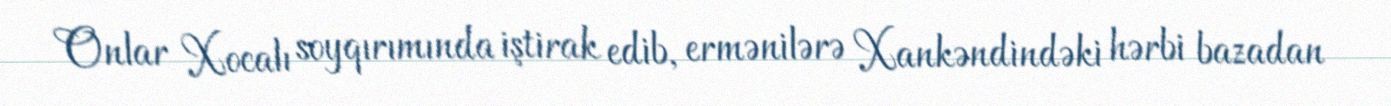
Onlar Xocalı soyqırımında iştirak edib, ermənilərə Xankəndindəki hərbi bazadan